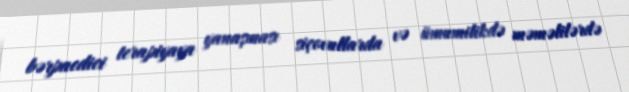
bərpaedici terapiyaya yanaşması siçovullarda və ümumilikdə məməlilərdə